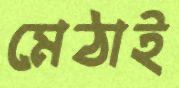
মেঠাই